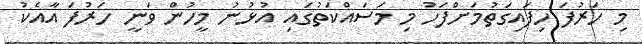
މި ހަރުފަ ހިފައިގަތުމަށްފަހު މި މަސައްކަތުގައި އުޅުނު މީހުން ވަނީ ހަރުފަ އާއެކު